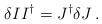
LaTeX: \begin{align*}\delta II^{\dagger}= J^{\dagger} \delta J\,.\end{align*}